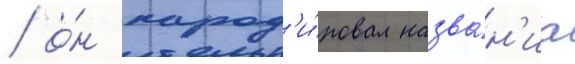
/ о́н парод'и́ровал назва́н'иа